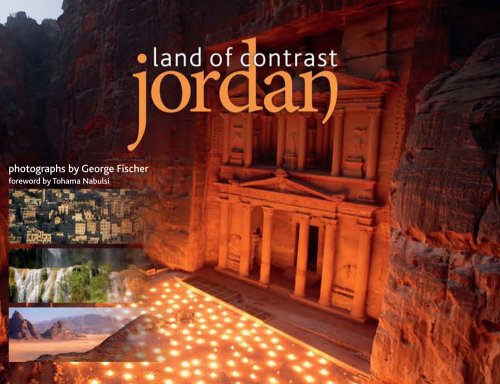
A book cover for Jordan: Land of Contrast; George Fischer; Travel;